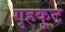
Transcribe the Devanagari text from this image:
गृहकूट